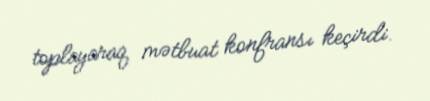
toplayaraq mətbuat konfransı keçirdi.